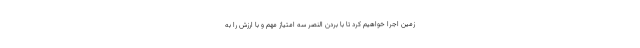
زمین اجرا خواهیم کرد تا با بردن النصر سه امتیاز مهم و با ارزش را به